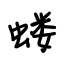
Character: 蝼